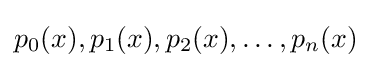
p_{0}(x),p_{1}(x),p_{2}(x),\ldots ,p_{n}(x)